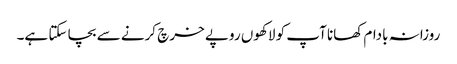
روزانہ بادام کھانا آپ کو لاکھوں روپے خرچ کرنے سے بچا سکتا ہے۔